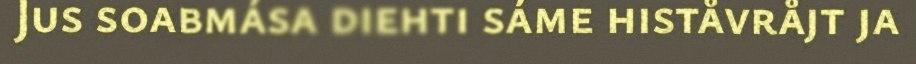
Jus soabmása diehti sáme histåvråjt ja